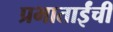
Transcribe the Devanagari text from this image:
प्रभाताईंची